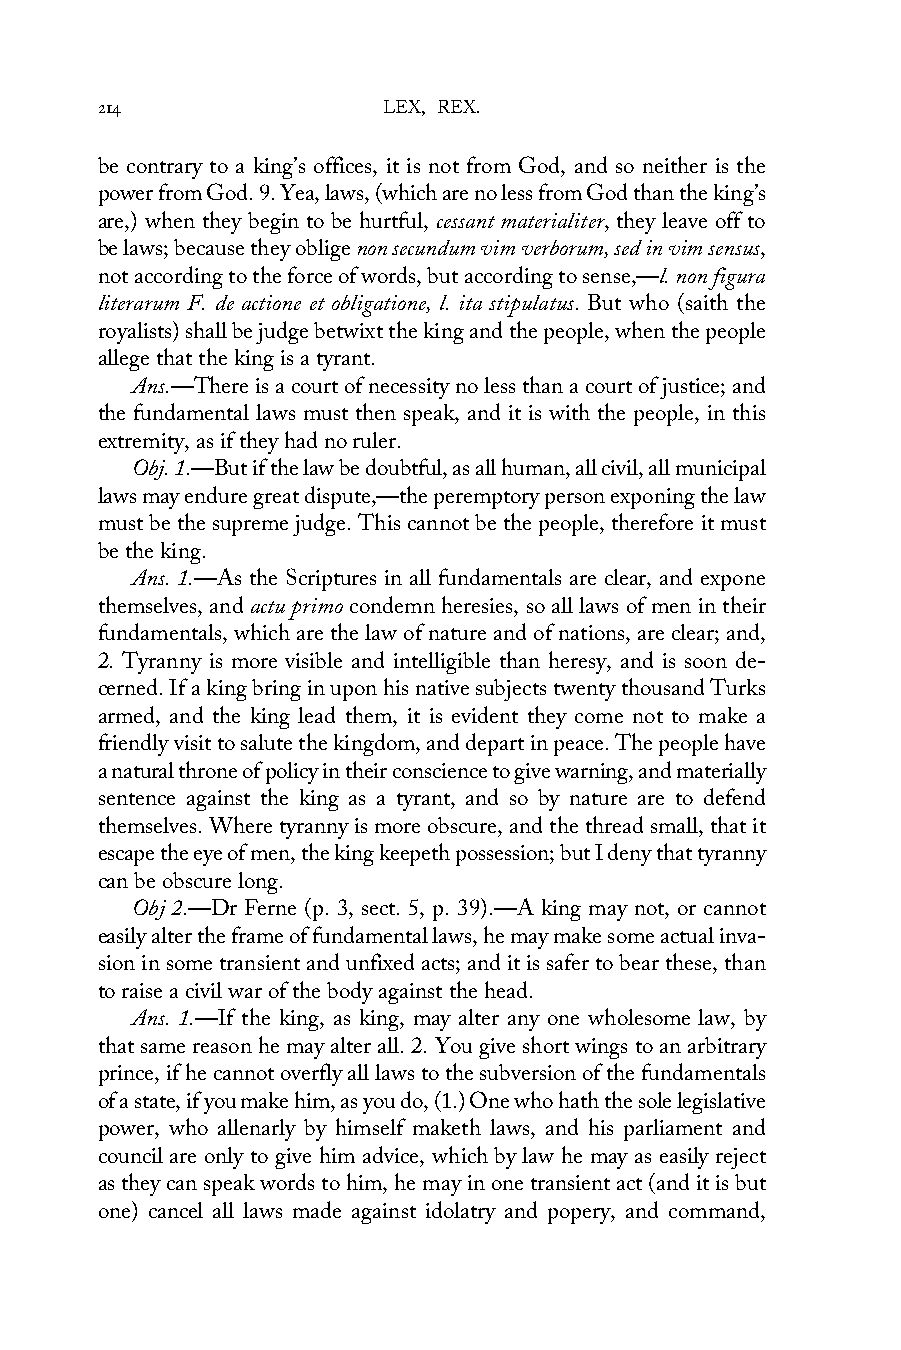
214                LEX, REX.
 be contrary to a king’s offices, it is not from God, and so neither is the
 power from God. 9. Yea, laws, (which are no less from God than the king’s
 are,) when they begin to be hurtful, cessant materialiter, they leave off to
 be laws; because they oblige non secundum vim verborum, sed in vim sensus,
 not according to the force of words, but according to sense,—l. non figura
 literarum F. de actione et obligatione, l. ita stipulatus. But who (saith the
 royalists) shall be judge betwixt the king and the people, when the people
 allege that the king is a tyrant.
 Ans.—There is a court of necessity no less than a court of justice; and
 the fundamental laws must then speak, and it is with the people, in this
 extremity, as if they had no ruler.
 Obj. 1.—But if the law be doubtful, as all human, all civil, all municipal
 laws may endure great dispute,—the peremptory person exponing the law
 must be the supreme judge. This cannot be the people, therefore it must
 be the king.
 Ans. 1.—As the Scriptures in all fundamentals are clear, and expone
 themselves, and actu primo condemn heresies, so all laws of men in their
 fundamentals, which are the law of nature and of nations, are clear; and,
 2. Tyranny is more visible and intelligible than heresy, and is soon de-
 cerned. If a king bring in upon his native subjects twenty thousand Turks
 armed, and the king lead them, it is evident they come not to make a
 friendly visit to salute the kingdom, and depart in peace. The people have
 a natural throne of policy in their conscience to give warning, and materially
 sentence against the king as a tyrant, and so by nature are to defend
 themselves. Where tyranny is more obscure, and the thread small, that it
 escape the eye of men, the king keepeth possession; but I deny that tyranny
 can be obscure long.
 Obj 2.—Dr Ferne (p. 3, sect. 5, p. 39).—A king may not, or cannot
 easily alter the frame of fundamental laws, he may make some actual inva-
 sion in some transient and unfixed acts; and it is safer to bear these, than
 to raise a civil war of the body against the head.
 Ans. 1.—If the king, as king, may alter any one wholesome law, by
 that same reason he may alter all. 2. You give short wings to an arbitrary
 prince, if he cannot overfly all laws to the subversion of the fundamentals
 of a state, if you make him, as you do, (1.) One who hath the sole legislative
 power, who allenarly by himself maketh laws, and his parliament and
 council are only to give him advice, which by law he may as easily reject
 as they can speak words to him, he may in one transient act (and it is but
 one) cancel all laws made against idolatry and popery, and command,